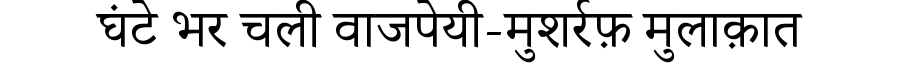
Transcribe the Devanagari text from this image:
घंटे भर चली वाजपेयी-मुशर्रफ़ मुलाक़ात